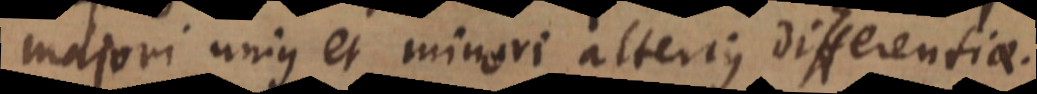
majori unius et minori alterius differentiae.